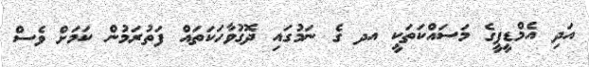
އަދި އެމްޑީޕީގެ މަސައްކަތަކީ އދ ގެ ނަމުގައި ދޮގުވާހަކަތައް ފަތުރަމުން ކަމަށް ވެސް